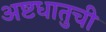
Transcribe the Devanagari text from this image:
अष्टधातुची